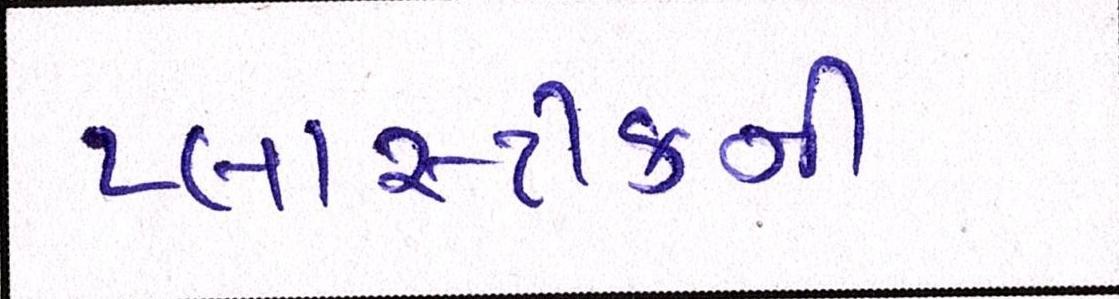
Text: પ્લાસ્ટીકની